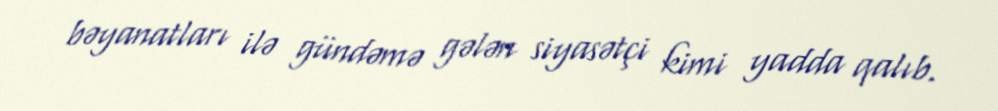
bəyanatları ilə gündəmə gələn siyasətçi kimi yadda qalıb.